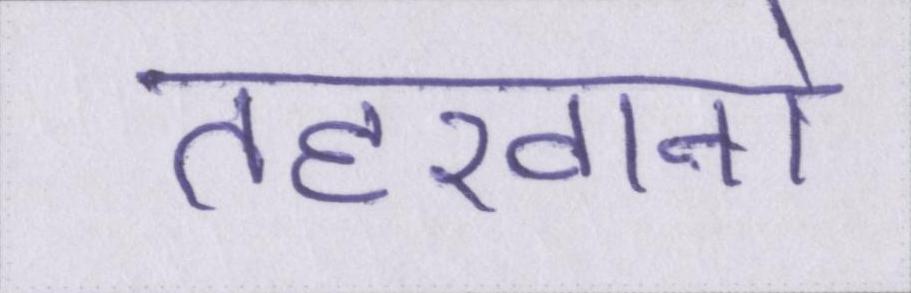
तहखानो